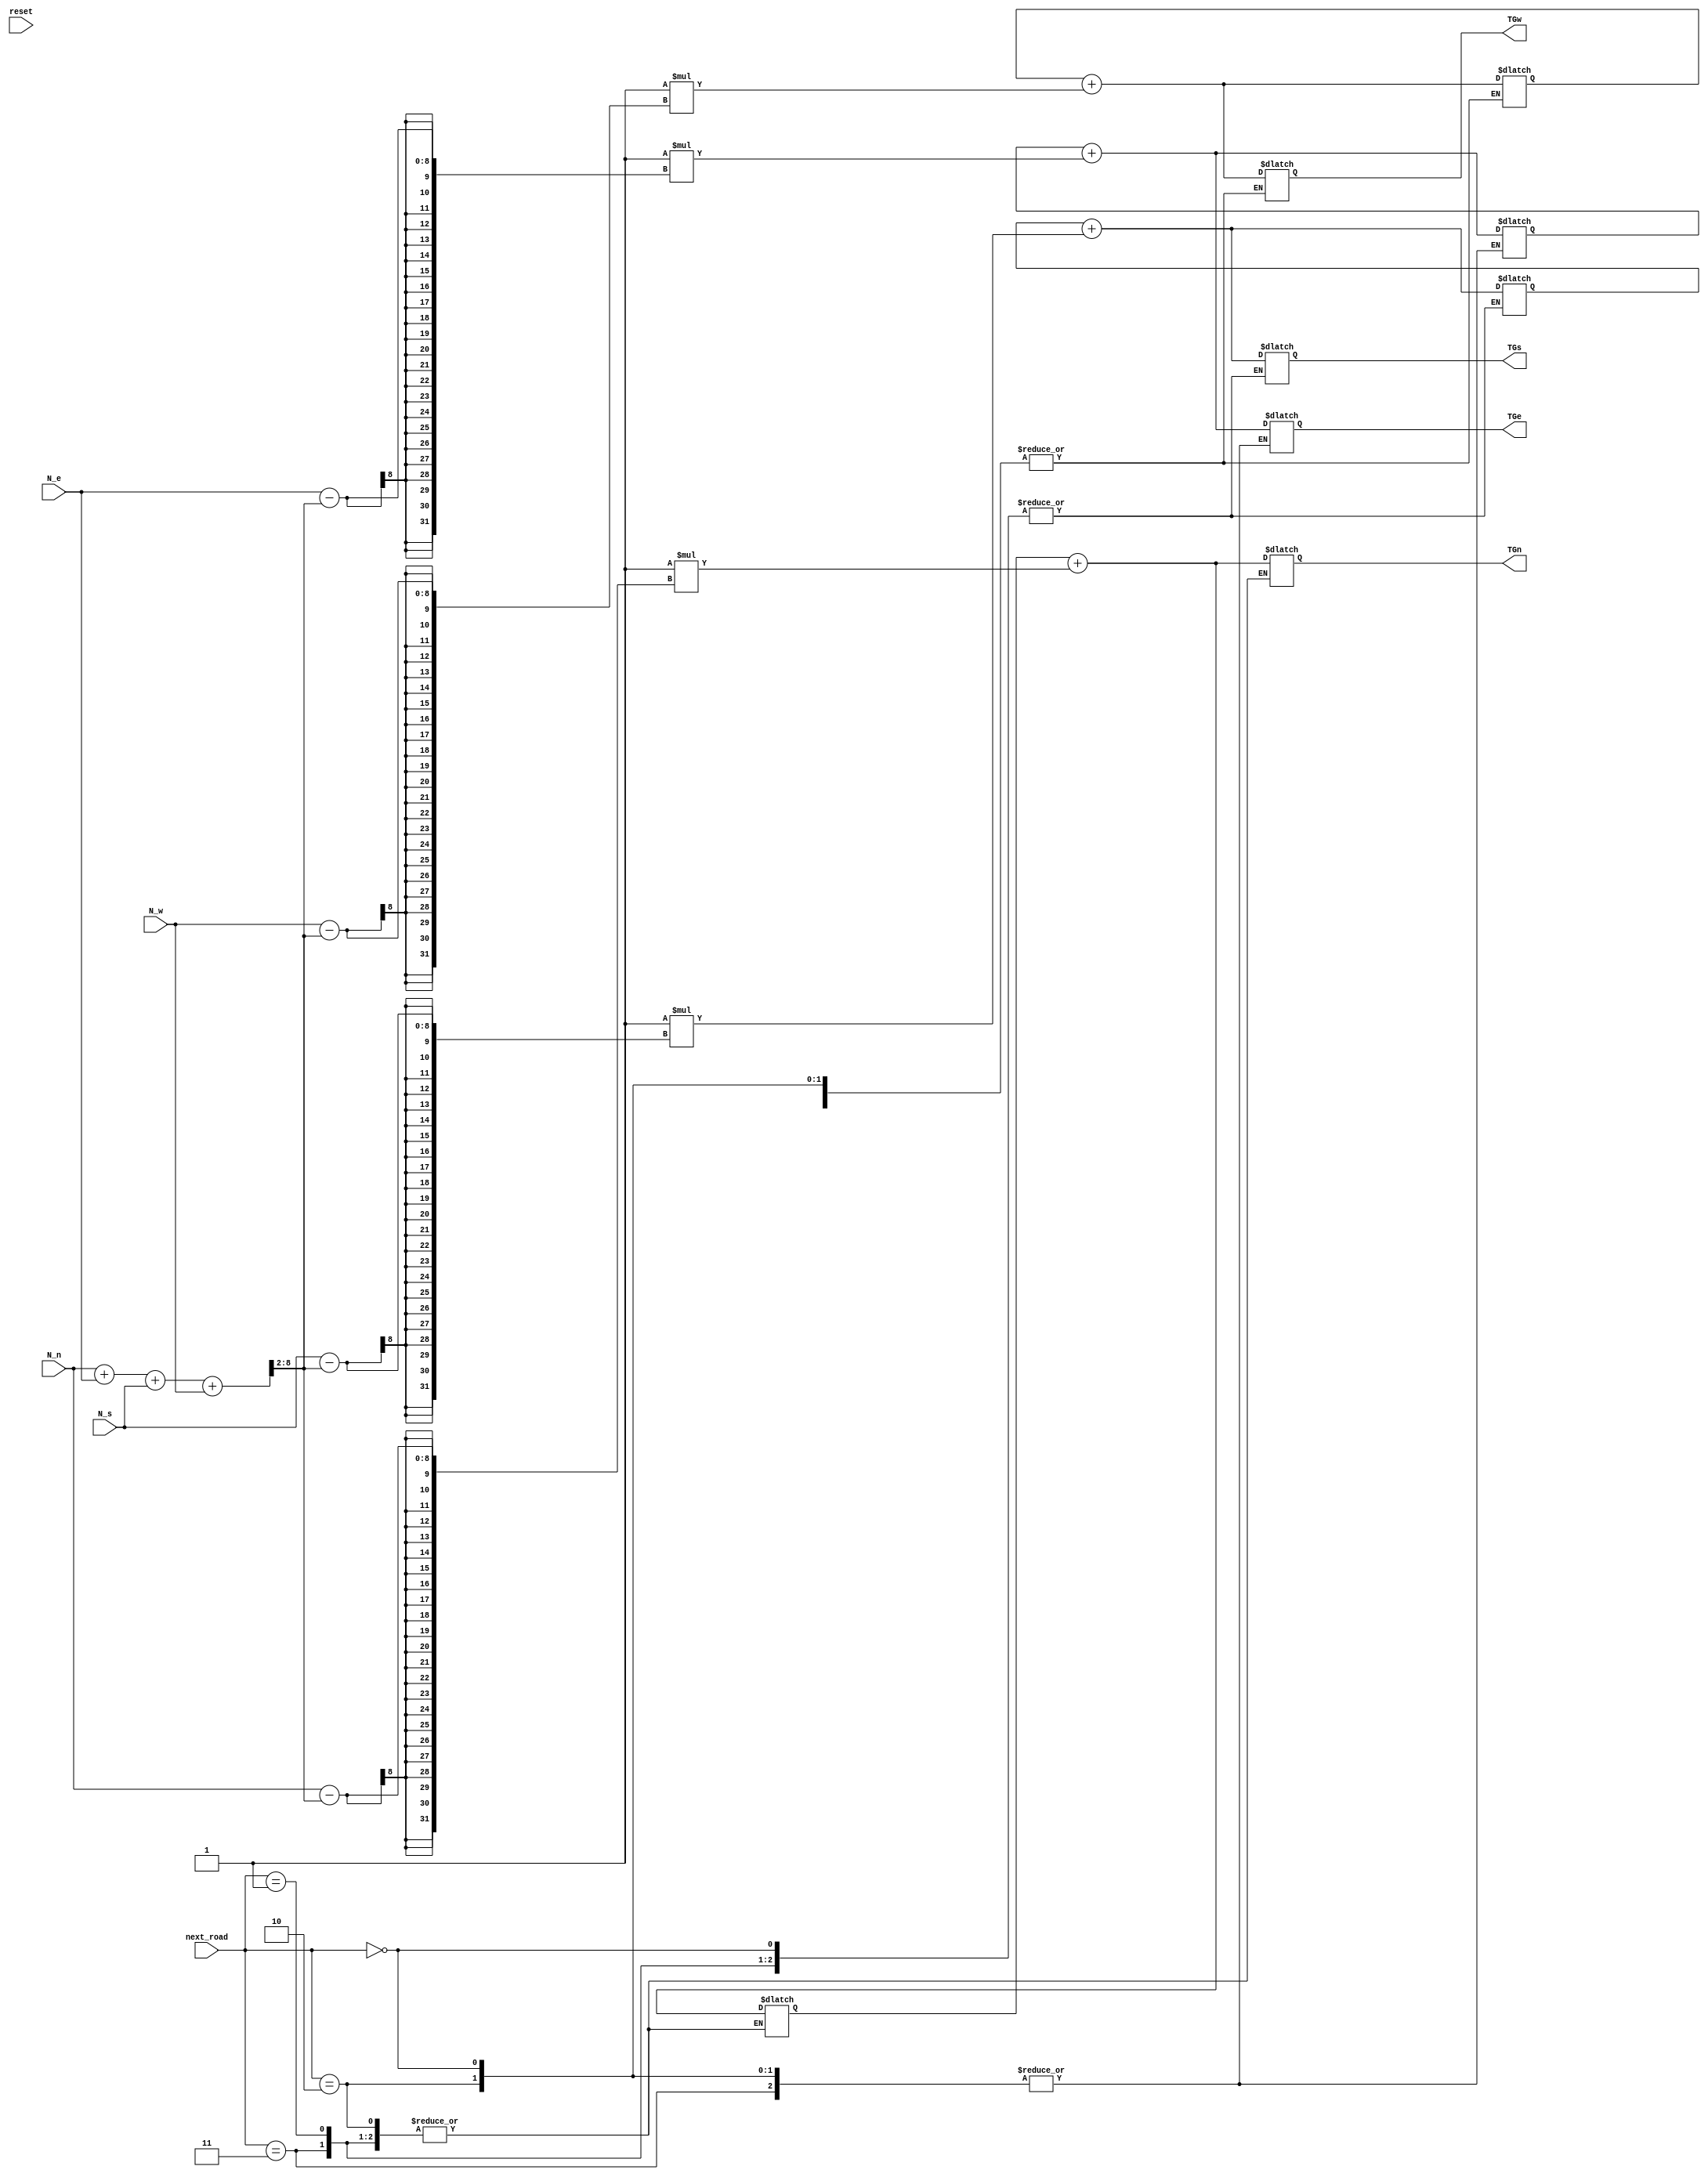
`timescale 1ns / 1ps

module Adaptation(
    reset, next_road,
    N_n, N_e, N_s, N_w, 
    TGn, TGe, TGs, TGw 
    );
    
    input reset;
    input [1:0] next_road;
    input [7:0] N_n, N_e, N_s, N_w;
    
    output reg [7:0] TGn, TGe, TGs, TGw;
    
    reg [7:0] TGin, TGie, TGis, TGiw;
    reg [8:0] tot;
    reg [7:0] avg;
    parameter b = 1;

    
    always @(next_road or reset) begin
        //initialise when high
        if(reset) begin
            TGin <= 54;
            TGie <= 54;
            TGis <= 54;
            TGiw <= 54;
            TGn <= 54;
            TGe <= 54;
            TGs <= 54;
            TGw <= 54;
        end
        
        //Calculate sum of Ni
        tot = N_n + N_e + N_s + N_w;
        //Calculate average using right shift
        avg = tot >> 2;      
        
        //update TGx values according to next_road value
        case (next_road)
            0: begin 
                    TGn = TGin + b*(N_n - avg);
                    TGin = TGn;
               end         
            1: begin
                    TGe = TGie + b*(N_e - avg);
                    TGie = TGe;
               end       
            2: begin
                    TGs = TGis + b*(N_s - avg);
                    TGis = TGs;
               end
            3: begin
                    TGw = TGiw + b*(N_w - avg);
                    TGiw = TGw;
               end
        endcase

    end
endmodule